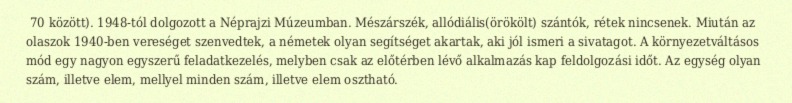
70 között). 1948-tól dolgozott a Néprajzi Múzeumban. Mészárszék, allódiális(örökölt) szántók, rétek nincsenek. Miután az olaszok 1940-ben vereséget szenvedtek, a németek olyan segítséget akartak, aki jól ismeri a sivatagot. A környezetváltásos mód egy nagyon egyszerű feladatkezelés, melyben csak az előtérben lévő alkalmazás kap feldolgozási időt. Az egység olyan szám, illetve elem, mellyel minden szám, illetve elem osztható.